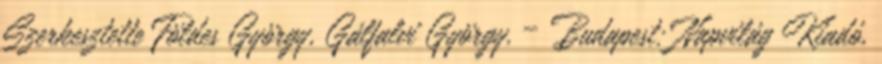
Szerkesztette Földes György, Gálfalvi György. – Budapest: Napvilág Kiadó,